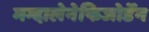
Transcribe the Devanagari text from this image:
मग्दालेनेफिजोर्डेन